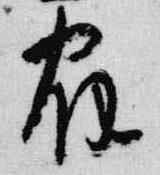
宿